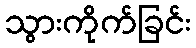
သွားကိုက်ခြင်း